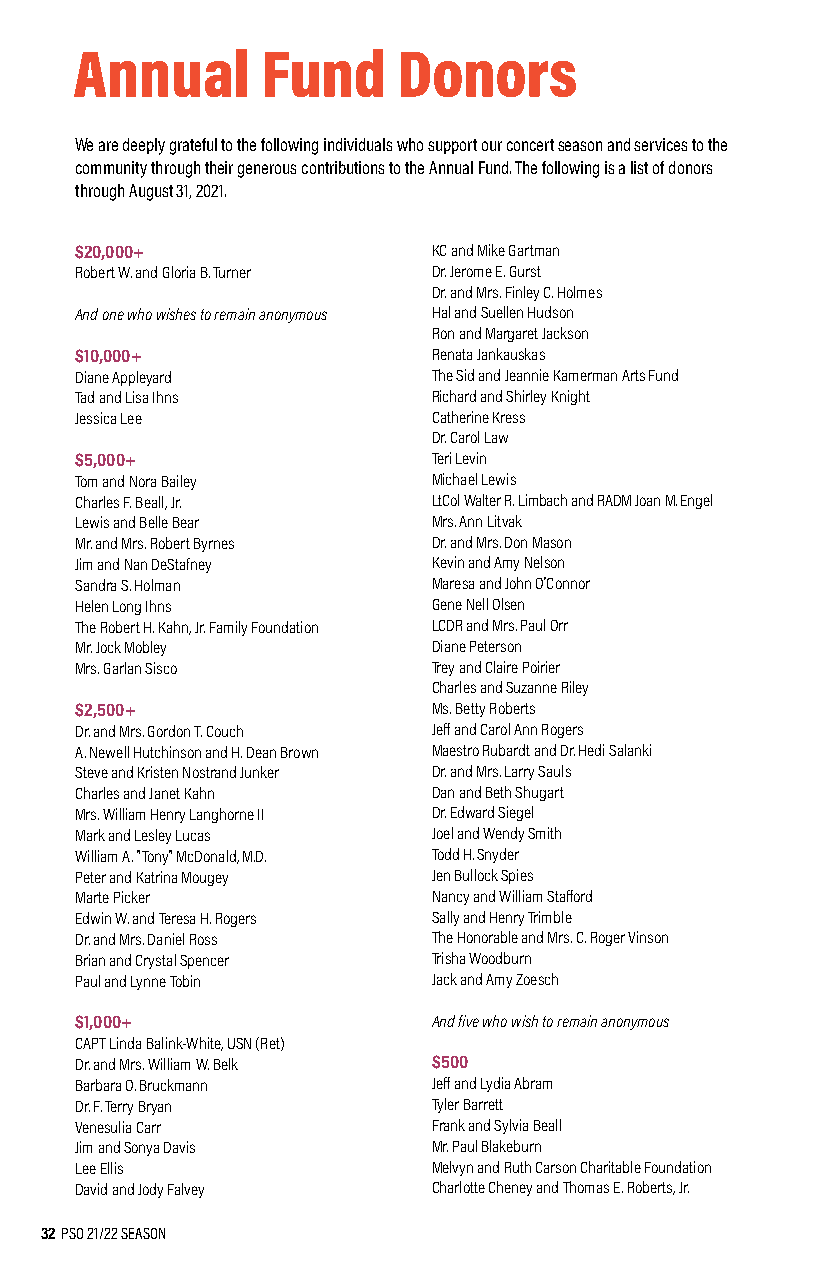
Annual      Fund     Donors
 We are deeply grateful to the following individuals who support our concert season and services to the
 community through their generous contributions to the Annual Fund. The following is a list of donors
 through August 31, 2021.
 $20,000+                KC and Mike Gartman
 Robert W. and Gloria B. Turner Dr. Jerome E. Gurst
 Dr. and Mrs. Finley C. Holmes
 And one who wishes to remain anonymous Hal and Suellen Hudson
 Ron and Margaret Jackson
 $10,000+                Renata Jankauskas
 Diane Appleyard         The Sid and Jeannie Kamerman Arts Fund
 Tad and Lisa Ihns       Richard and Shirley Knight
 Jessica Lee             Catherine Kress
 Dr. Carol Law
 $5,000+                 Teri Levin
 Tom and Nora Bailey     Michael Lewis
 Charles F. Beall, Jr.   LtCol Walter R. Limbach and RADM Joan M. Engel
 Lewis and Belle Bear    Mrs. Ann Litvak
 Mr. and Mrs. Robert Byrnes Dr. and Mrs. Don Mason
 Jim and Nan DeStafney   Kevin and Amy Nelson
 Sandra S. Holman        Maresa and John O'Connor
 Helen Long Ihns         Gene Nell Olsen
 The Robert H. Kahn, Jr. Family Foundation LCDR and Mrs. Paul Orr
 Mr. Jock Mobley         Diane Peterson
 Mrs. Garlan Sisco       Trey and Claire Poirier
 Charles and Suzanne Riley
 $2,500+                 Ms. Betty Roberts
 Dr. and Mrs. Gordon T. Couch Jeff and Carol Ann Rogers
 A. Newell Hutchinson and H. Dean Brown Maestro Rubardt and Dr. Hedi Salanki
 Steve and Kristen Nostrand Junker Dr. and Mrs. Larry Sauls
 Charles and Janet Kahn  Dan and Beth Shugart
 Mrs. William Henry Langhorne II Dr. Edward Siegel
 Mark and Lesley Lucas   Joel and Wendy Smith
 William A. "Tony" McDonald, M.D. Todd H. Snyder
 Peter and Katrina Mougey Jen Bullock Spies
 Marte Picker            Nancy and William Stafford
 Edwin W. and Teresa H. Rogers Sally and Henry Trimble
 Dr. and Mrs. Daniel Ross The Honorable and Mrs. C. Roger Vinson
 Brian and Crystal Spencer Trisha Woodburn
 Paul and Lynne Tobin    Jack and Amy Zoesch
 $1,000+                 And five who wish to remain anonymous
 CAPT Linda Balink-White, USN (Ret)
 Dr. and Mrs. William W. Belk $500
 Barbara O. Bruckmann    Jeff and Lydia Abram
 Dr. F. Terry Bryan      Tyler Barrett
 Venesulia Carr          Frank and Sylvia Beall
 Jim and Sonya Davis     Mr. Paul Blakeburn
 Lee Ellis               Melvyn and Ruth Carson Charitable Foundation
 David and Jody Falvey   Charlotte Cheney and Thomas E. Roberts, Jr.
 32 PSO 21/22 SEASON